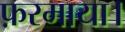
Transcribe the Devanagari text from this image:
फ़रमाया।